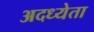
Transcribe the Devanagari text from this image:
अदध्येता